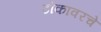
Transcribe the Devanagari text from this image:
टोकावरचे